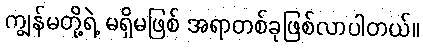
ကျွန်မတို့ရဲ့ မရှိမဖြစ် အရာတစ်ခုဖြစ်လာပါတယ်။